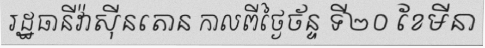
រដ្ឋធានីវ៉ាស៊ីនតោន កាលពីថ្ងៃច័ន្ទ ទី២០ ខែមីនា